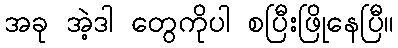
အခု အဲ့ဒါ တွေကိုပါ စပြီးဖြိုနေပြီ။